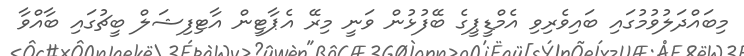
މިބައްދަލުވުމުގައި ބައިވެރިވި އެމްޑީޕީގެ ބޭފުޅުން ވަނީ މިރޭ އެޕާޓީން އާޓިފިޝަލް ބީޗުގައި ބާއްވާ